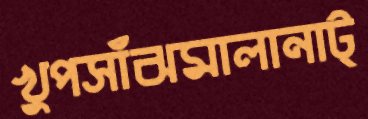
খুপসাঁঝমালানাট্